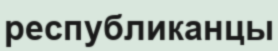
республиканцы